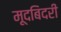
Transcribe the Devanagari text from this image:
मूदबिदरी